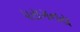
પરાગનય